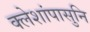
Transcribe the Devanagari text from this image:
क्लेशांपासुनि